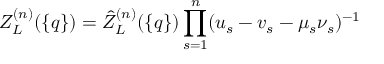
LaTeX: Z _ { L } ^ { ( n ) } ( \{ q \} ) = \hat { Z } _ { L } ^ { ( n ) } ( \{ q \} ) \prod _ { s = 1 } ^ { n } ( u _ { s } - v _ { s } - \mu _ { s } \nu _ { s } ) ^ { - 1 }